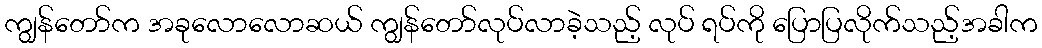
ကျွန်တော်က အခုလောလောဆယ် ကျွန်တော်လုပ်လာခဲ့သည့် လုပ် ရပ်ကို ပြောပြလိုက်သည့်အခါက